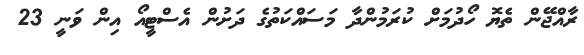
ރާއްޖޭން ތެޔޮ ހޯދުމަށް ކުރަމުންދާ މަސައްކަތުގެ ދަށުން އެސްޓީއޯ އިން ވަނީ 23